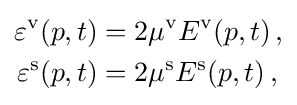
{\begin{aligned}\varepsilon ^{\text{v}}(p,t)&=2\mu ^{\text{v}}E^{\text{v}}(p,t)\,,\\\varepsilon ^{\text{s}}(p,t)&=2\mu ^{\text{s}}E^{\text{s}}(p,t)\,,\end{aligned}}